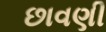
છાવણી